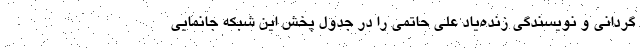
گردانی و نویسندگی زنده‌یاد علی حاتمی را در جدول پخش این شبکه جانمایی